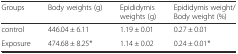
<table><thead><tr><td><b>Groups</b></td><td><b>Body weights (g)</b></td><td><b>Epididymis weights (g)</b></td><td><b>Epididymis weight/Body weight (%)</b></td></tr></thead><tbody><tr><td>control</td><td>446.04 ± 6.11</td><td>1.19 ± 0.01</td><td>0.27 ± 0.01</td></tr><tr><td>Exposure</td><td>474.68 ± 8.25*</td><td>1.14 ± 0.02</td><td>0.24 ± 0.01*</td></tr></tbody></table>